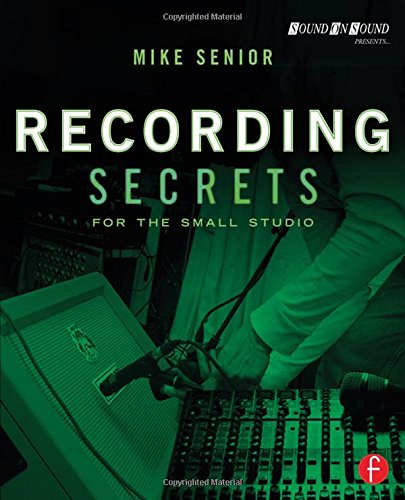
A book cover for Recording Secrets for the Small Studio; Mike Senior; Arts & Photography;